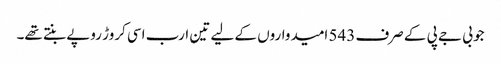
جو بی جے پی کے صرف 543 امیدواروں کے لیے تین ارب اسی کروڑ روپے بنتے تھے۔